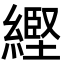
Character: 䌑